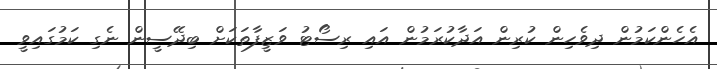
އެހެންކަމުން ދިވެހިން ކުރިން އަދާކުރަމުން އައި ރިސޯޓު ވަޒީފާތަކަށް ބިދޭސީން ނެގި ކަމުގައިވީ